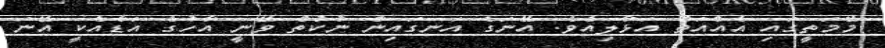
މޭމަތީގައި އެއްއަތް އަޅާލިއެވެ. އޭނަގެ އަނގައިން ނުކުތް ވޭނީ އާހުގެ އަޑާއެކީ އޭނަ